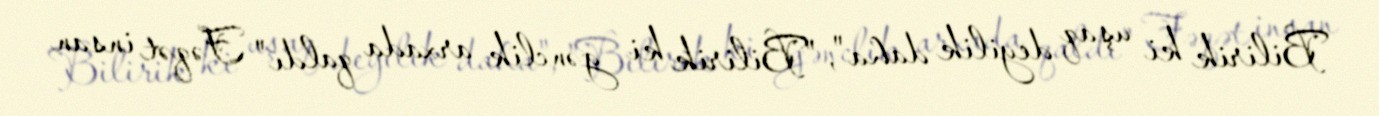
Bilirik ki uşaq deyilik daha", "Bilirik ki gənclik arxada qaldı" Fəqət insan